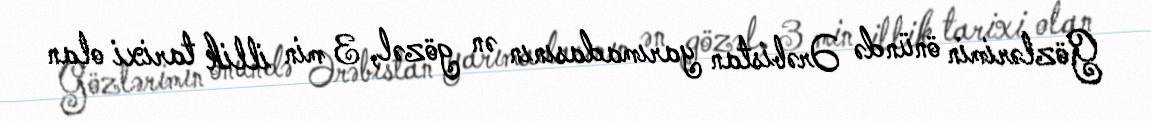
Gözlərimin önündə Ərəbistan yarımadasının ən gözəl, 3 min illik tarixi olan